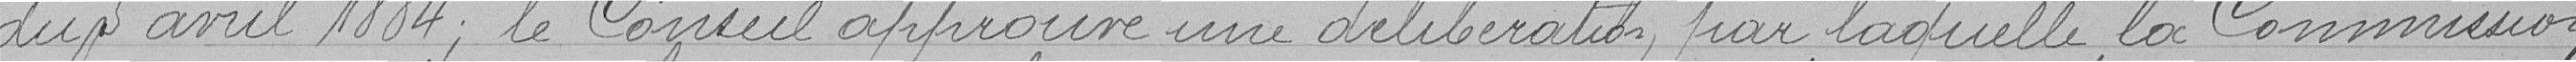
du 5 avril 1884; le Conseil approuve une délibération par laquelle la Commission